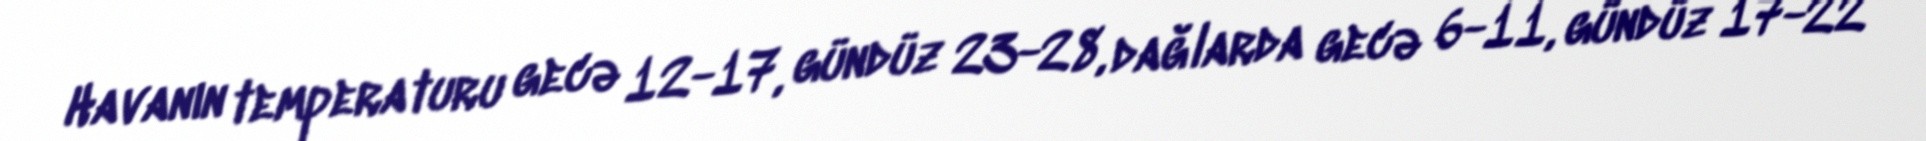
Havanın temperaturu gecə 12-17, gündüz 23-28, dağlarda gecə 6-11, gündüz 17-22